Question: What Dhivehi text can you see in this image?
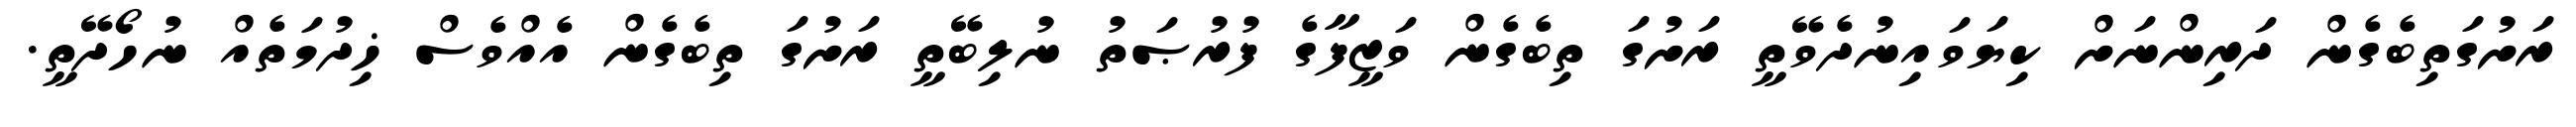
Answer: ރަށުގަތިބެގެން ދަރިންނަށް ކިޔަވައިނުދެވޭތީ ރަށުގަ ތިބެގެން ވަޒީފާގެ ފުރުޞަތު ނުލިބޭތީ ރަށުގަ ތިބެގެން އެއްވެސް ޚިދުމަތެއް ނުހޯދޭތީ.